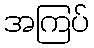
အကြပ်